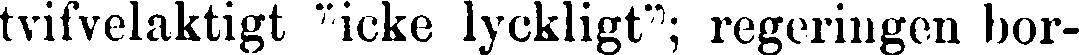
tvifvelaktigt "icke lyckligt"; regeringen bor-